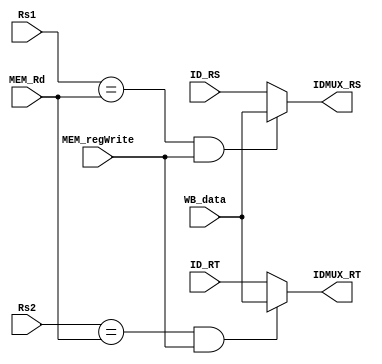
`timescale 1ns / 1ps
//////////////////////////////////////////////////////////////////////////////////
// Company: 
// Engineer: 
// 
// Design Name: 
// Module Name:    IDMUX 
// Project Name: 
// Target Devices: 
// Tool versions: 
// Description: 
//
// Dependencies: 
//
// Revision: 
// Revision 0.01 - File Created
// Additional Comments: 
//
//////////////////////////////////////////////////////////////////////////////////
module IDMUX(
	input [31:0] ID_RS,
	input [31:0] ID_RT,
	input [31:0] WB_data,
	input [4:0] Rs1,
	input [4:0] Rs2,
	input [4:0] MEM_Rd,
	input MEM_regWrite,
	output [31:0] IDMUX_RS,
	output [31:0] IDMUX_RT
    );

assign IDMUX_RS=(Rs1==MEM_Rd && MEM_regWrite==1)?WB_data:
			ID_RS;
			
assign IDMUX_RT=(Rs2==MEM_Rd && MEM_regWrite==1)?WB_data:
			ID_RT;



endmodule